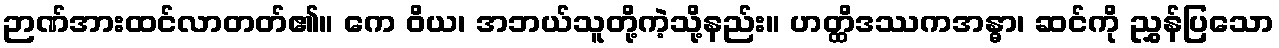
ဉာဏ်အားထင်လာတတ်၏။ ကေ ဝိယ၊ အဘယ်သူတို့ကဲ့သို့နည်း။ ဟတ္ထိဒဿကအန္ဓာ၊ ဆင်ကို ညွှန်ပြသော